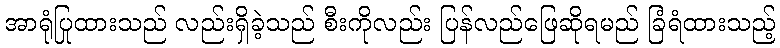
အာရုံပြုထားသည် လည်းရှိခဲ့သည် စီးကိုလည်း ပြန်လည်ဖြေဆိုရမည် ခြံရံထားသည့်